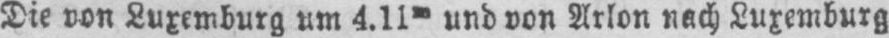
Die von Luxemburg um 4.11m und von Arlon nach Luxemburg